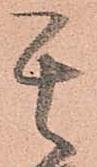
其